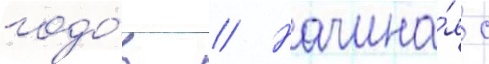
годо́в // Начина́я с